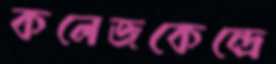
কলেজকেন্দ্রে